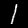
Label: 1